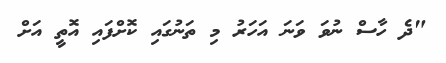
"ދެ ހާސް ނުވަ ވަނަ އަހަރު މި ތަނުގައި ކޮށްފައި އޮތީ އަށް